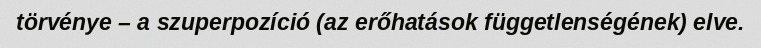
törvénye – a szuperpozíció (az erőhatások függetlenségének) elve.